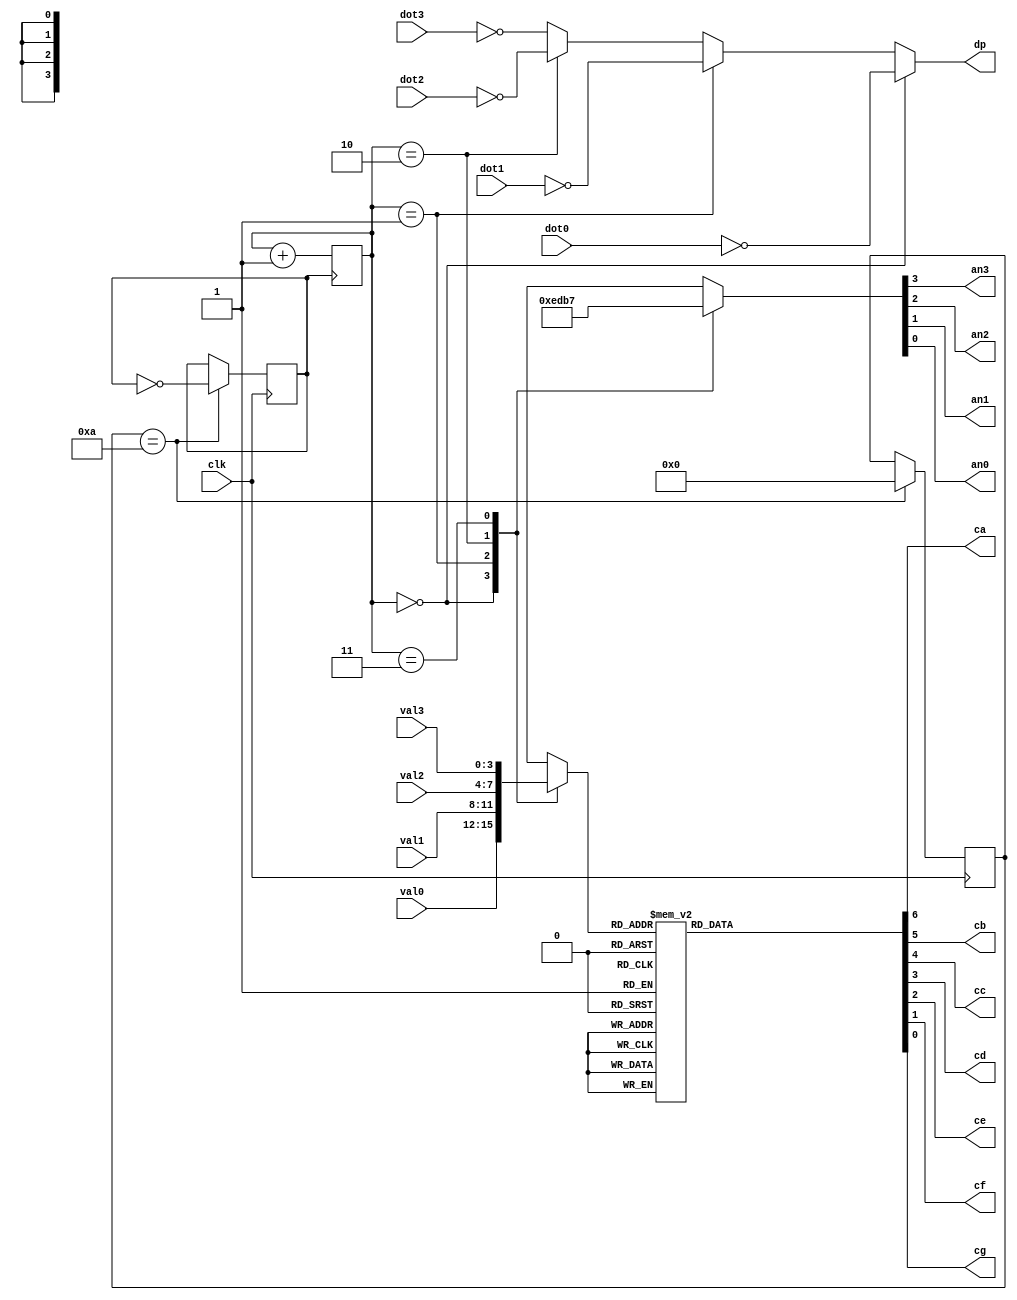
`timescale 1ns / 1ps
//////////////////////////////////////////////////////////////////////////////////
// Company: 
// Engineer: 
// 
// Design Name: 
// Module Name: seg_display
// Project Name: 
// Target Devices: 
// Tool Versions: 
// Description: 
// 
// Dependencies: 
// 
// Revision:
// Revision 0.01 - File Created
// Additional Comments:
// 
//////////////////////////////////////////////////////////////////////////////////


module seg_display(
input wire clk,
    input wire [3:0] val3,
    input wire dot3,
    input wire [3:0] val2,
    input wire dot2,
    input wire [3:0] val1,
    input wire dot1,
    input wire [3:0] val0,
    input wire dot0,
    output reg an3,
    output reg an2,
    output reg an1,
    output reg an0,
    output reg ca,
    output reg cb,
    output reg cc,
    output reg cd,
    output reg ce,
    output reg cf,
    output reg cg,
    output reg dp
);

reg [1:0] step = 2'b00;
reg [3:0] val;
reg clk1 = 1'b0;
reg [7:0] counter = 0;

always@(posedge clk)
    begin
        counter <= counter +1;
        
        if(counter == 10) begin
              clk1 <= ~clk1;
              counter = 0;
            end
        end

always@(posedge clk1)
    begin
        step <= step + 1;
        end

always@*
    begin
        case(step)
        0:  {an3,an2,an1,an0} = 4'b1110;
        1:  {an3,an2,an1,an0} = 4'b1101;
        2:  {an3,an2,an1,an0} = 4'b1011;
        3:  {an3,an2,an1,an0} = 4'b0111;
        endcase
    end

always@*
    begin
        case(step)
        0: val = val0;
        1: val = val1;
        2: val = val2;
        3: val = val3;
        endcase
    end

always@*
    begin
        case(val)
        0: {ca,cb,cc,cd,ce,cf,cg} = ~(7'b1111110);
        1: {ca,cb,cc,cd,ce,cf,cg} = ~(7'b0110000);
        2: {ca,cb,cc,cd,ce,cf,cg} = ~(7'b1101101);
        3: {ca,cb,cc,cd,ce,cf,cg} = ~(7'b1111001);
        4: {ca,cb,cc,cd,ce,cf,cg} = ~(7'b0110011);
        5: {ca,cb,cc,cd,ce,cf,cg} = ~(7'b1011011);
        6: {ca,cb,cc,cd,ce,cf,cg} = ~(7'b1011111);
        7: {ca,cb,cc,cd,ce,cf,cg} = ~(7'b1110000);
        8: {ca,cb,cc,cd,ce,cf,cg} = ~(7'b1111111);
        9: {ca,cb,cc,cd,ce,cf,cg} = ~(7'b1111011);
        10: {ca,cb,cc,cd,ce,cf,cg} = ~(7'b1110111);
        11: {ca,cb,cc,cd,ce,cf,cg} = ~(7'b1111111);
        12: {ca,cb,cc,cd,ce,cf,cg} = ~(7'b1001110);
        13: {ca,cb,cc,cd,ce,cf,cg} = ~(7'b1111110);
        14: {ca,cb,cc,cd,ce,cf,cg} = ~(7'b1001111);
        15: {ca,cb,cc,cd,ce,cf,cg} = ~(7'b1000111);
        endcase
     end

always@*
    begin
        if(step == 2'b00) dp = ~dot0;
        else if (step == 2'b01) dp = ~dot1;
        else if (step == 2'b10) dp = ~dot2;
        else dp = ~dot3;
    end

endmodule